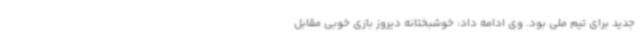
جدید برای تیم ملی بود. وی ادامه داد: خوشبختانه دیروز بازی خوبی مقابل